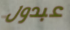
عبدول